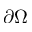
\partial \Omega